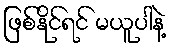
ဖြစ်နိုင်ရင် မယူပါနဲ့